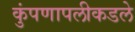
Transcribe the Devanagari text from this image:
कुंपणापलीकडले